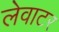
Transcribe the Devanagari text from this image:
लेवाटर